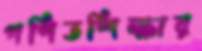
গণিতশিক্ষার